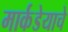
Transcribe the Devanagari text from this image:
मार्कंडेयाचे